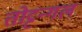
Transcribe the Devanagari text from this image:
तोट्टन्गल